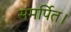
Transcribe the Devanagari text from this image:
समर्पित।